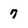
Character: 7